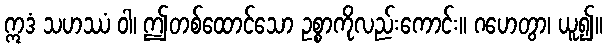
ဣဒံ သဟဿံ ဝါ၊ ဤတစ်ထောင်သော ဥစ္စာကိုလည်းကောင်း။ ဂဟေတွာ၊ ယူ၍။